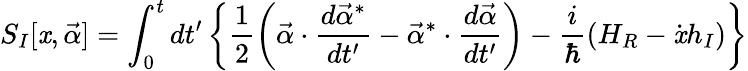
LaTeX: S_{I}[\mathit{x},\vec{{\alpha}}]=\int_{0}^{t}{dt^{\prime}}\left\{ \frac{{1}}{{2}}\left(\vec{{\alpha}}\cdot\frac{{d\vec{{\alpha}}^{*}}}{{dt^{\prime}}}-\vec{{\alpha}}^{*}\cdot\frac{{d\vec{{\alpha}}}}{{dt^{\prime}}}\right)-\frac{{i}}{{\hbar}}(H_{R}-\dot{{\mathit{x}}}h_{I})\right\}